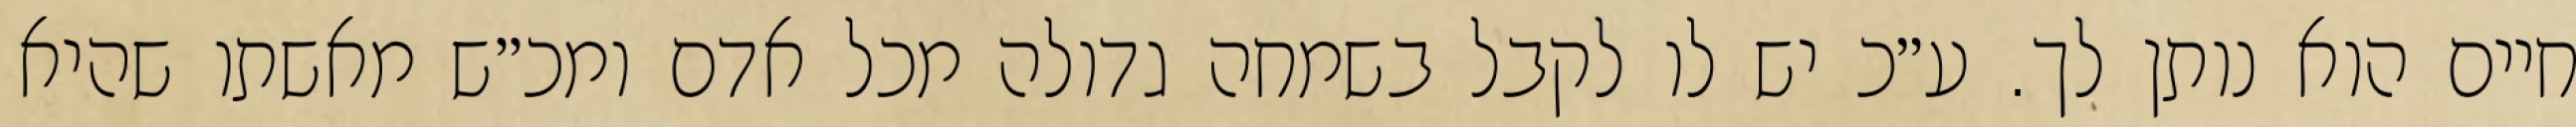
חיים הוא נותן לך. ע״כ יש לו לקבל בשמחה גדולה מכל אדם ומכ״ש מאשתו שהיא